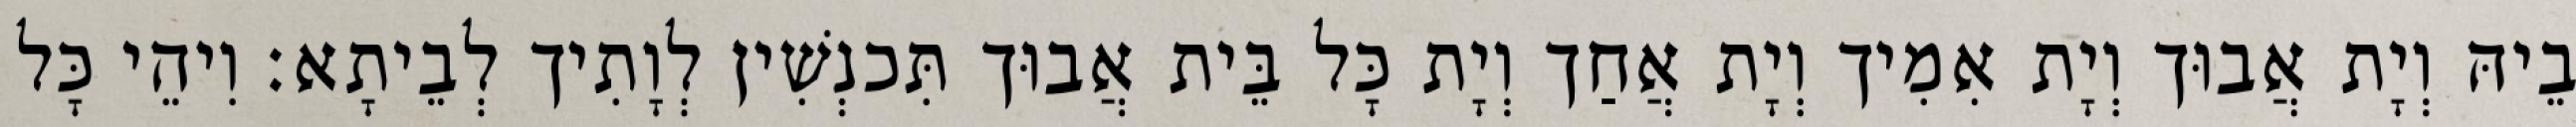
בֵיהּ וְיָת אֲבוּך וְיָת אִמִיך וְיָת אֲחַך וְיָת כָּל בֵּית אֲבוּך תִּכנְשִׁין לְוָתִיך לְבֵיתָא׃ וִיהֵי כָּל